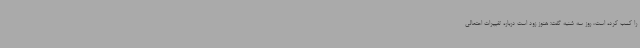
را کسب کرده است، روز سه شنبه گفت: هنوز زود است درباره تغییرات احتمالی